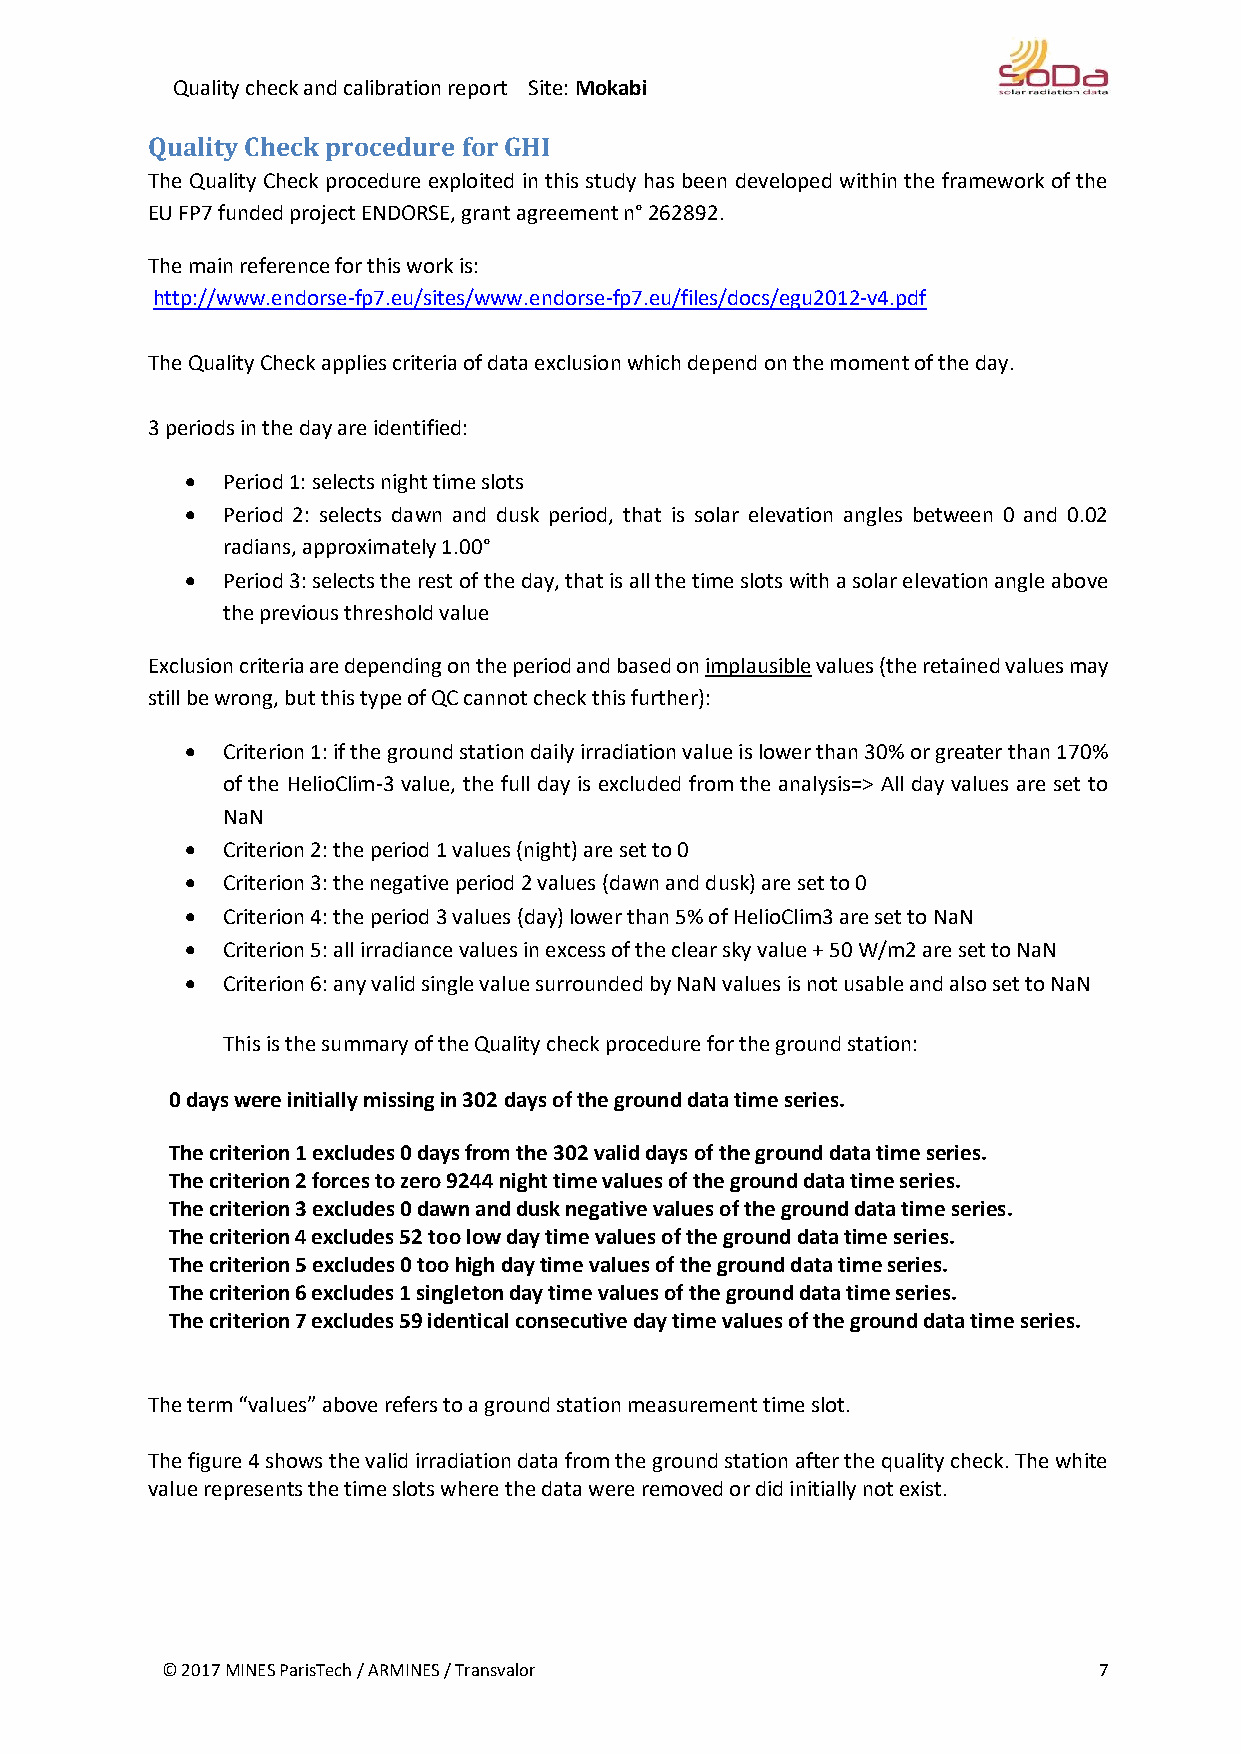
Quality check and calibration report Site: Mokabi
 Quality Check procedure for GHI
 The Quality Check procedure exploited in this study has been developed within the framework of the
 EU FP7 funded project ENDORSE, grant agreement n° 262892.
 The main reference for this work is:
 http://www.endorse-fp7.eu/sites/www.endorse-fp7.eu/files/docs/egu2012-v4.pdf
 The Quality Check applies criteria of data exclusion which depend on the moment of the day.
 3 periods in the day are identified:
   Period 1: selects night time slots
   Period 2: selects dawn and dusk period, that is solar elevation angles between 0 and 0.02
 radians, approximately 1.00°
   Period 3: selects the rest of the day, that is all the time slots with a solar elevation angle above
 the previous threshold value
 Exclusion criteria are depending on the period and based on implausible values (the retained values may
 still be wrong, but this type of QC cannot check this further):
   Criterion 1: if the ground station daily irradiation value is lower than 30% or greater than 170%
 of the HelioClim-3 value, the full day is excluded from the analysis=> All day values are set to
 NaN
   Criterion 2: the period 1 values (night) are set to 0
   Criterion 3: the negative period 2 values (dawn and dusk) are set to 0
   Criterion 4: the period 3 values (day) lower than 5% of HelioClim3 are set to NaN
   Criterion 5: all irradiance values in excess of the clear sky value + 50 W/m2 are set to NaN
   Criterion 6: any valid single value surrounded by NaN values is not usable and also set to NaN
 This is the summary of the Quality check procedure for the ground station:
 0 days were initially missing in 302 days of the ground data time series.
 The criterion 1 excludes 0 days from the 302 valid days of the ground data time series.
 The criterion 2 forces to zero 9244 night time values of the ground data time series.
 The criterion 3 excludes 0 dawn and dusk negative values of the ground data time series.
 The criterion 4 excludes 52 too low day time values of the ground data time series.
 The criterion 5 excludes 0 too high day time values of the ground data time series.
 The criterion 6 excludes 1 singleton day time values of the ground data time series.
 The criterion 7 excludes 59 identical consecutive day time values of the ground data time series.
 The term “values” above refers to a ground station measurement time slot.
 The figure 4 shows the valid irradiation data from the ground station after the quality check. The white
 value represents the time slots where the data were removed or did initially not exist.
 © 2017 MINES ParisTech / ARMINES / Transvalor                 7